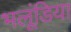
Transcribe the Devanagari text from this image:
भलूंडिया